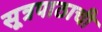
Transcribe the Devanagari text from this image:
सूत्रपाठाची